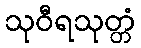
သုဝီရသုတ္တံ